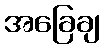
အခြေချ